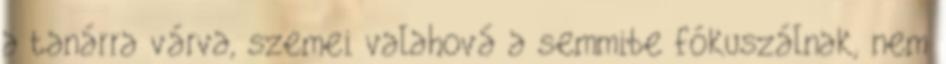
a tanárra várva, szemei valahová a semmibe fókuszálnak, nem